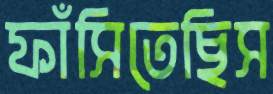
ফাঁসিতেছিস